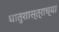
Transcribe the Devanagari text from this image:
धातुशास्त्राच्या